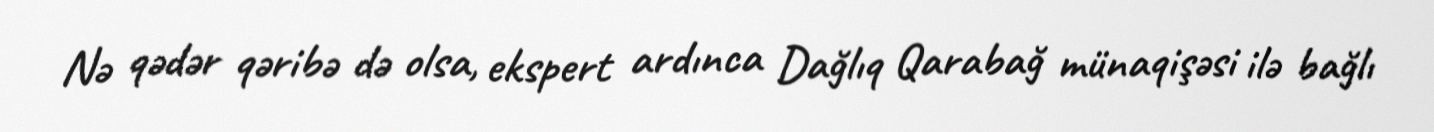
Nə qədər qəribə də olsa, ekspert ardınca Dağlıq Qarabağ münaqişəsi ilə bağlı